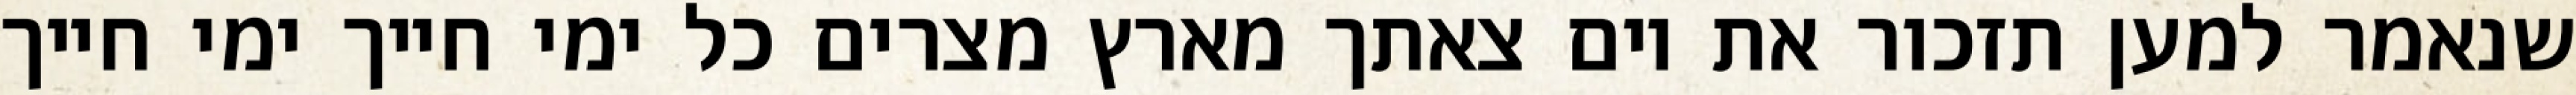
שנאמר למען תזכור את יום צאתך מארץ מצרים כל ימי חייך ימי חייך